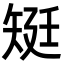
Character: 𥏎